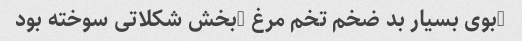
-بوی بسیار بد ضخم تخم مرغ -بخش شکلاتی سوخته بود